Report on vaccination in Madras 1895-1903 - 1895-1903
Year: 1895
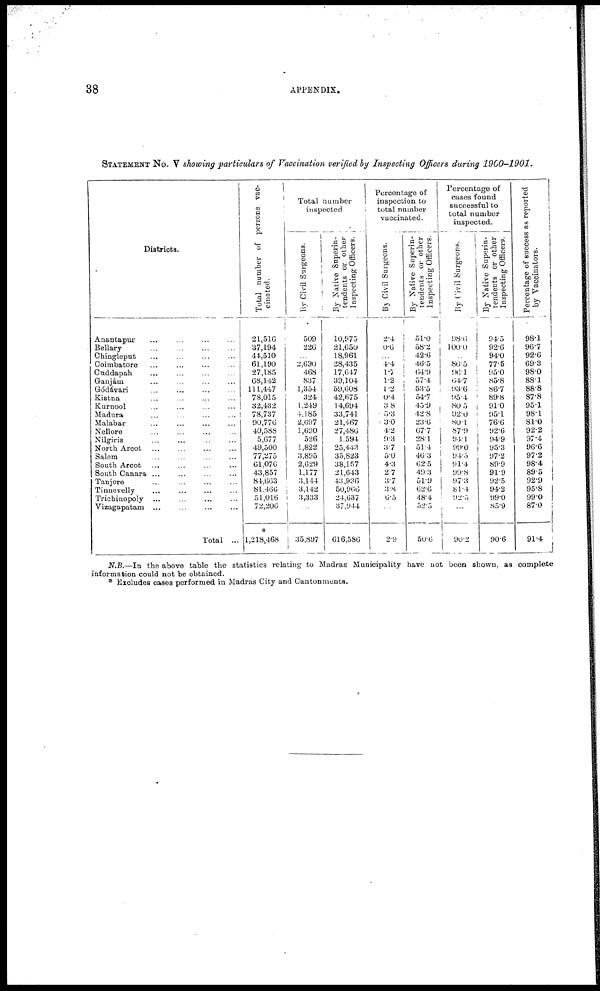
38
APPENDIX.
STATEMENT No. V showing particulars of Vaccination verified by Inspecting Officers during 1900-1901.
Districts.
Anantapur ... ... ... ...
Bellary ... ... ... ...
Chingleput ... ... ... ...
Coimbatore ... ... ... ...
Cuddapah
...
...
...
...
Ganjám ... ... ... ...
Gódávari ... ... ... ...
Kistna ... ... ... ...
Kurnool ... ... ... ...
Madura
...
...
...
...
Malabar
...
...
...
...
Nellore ... ... ... ...
Nilgiris ... ... ... ...
North Arcot ... ... ... ...
Salem ... ... ... ...
South Arcot ... ... ... ...
South Canara ... ... ... ...
Tanjore ... ... ... ...
Tinnevelly ... ... ... ...
Trichinopoly ... ... ... ...
Vizagapatam ... ... ... ...
Total ...
Total number of persons vac-
cinated.
21,516
37,194
44,510
61,190
27,185
68,142
111,447
78,015
32,432
78,737
90,776
40,588
5,677
49,500
77,275
61,076
43,857
84,663
81,466
51,016
72,206
*
1,218,468
Total number
inspected
By Civil Surgeons.
509
226
...
2,690
468
837
1,354
324
1,249
4,185
2,697
1,690
526
1,822
3,895
2,629
1,177
3,144
3,142
3,333
...
35,897
By Native Superin-
tendents or other
Inspecting Officers.
10,975
21,650
18,961
28,435
17,647
39,104
59,608
42,675
14,694
33,741
21,467
27,486
1,594
25,443
35,823
38,157
21,643
43,936
50,966
24,637
37,944
616,586
Percentage of
inspection to
total number
vaccinated.
By Civil Surgeons.
2.4
0.6
...
4.4
1.7
1.2
1.2
0.4
3.8
5.3
3.0
4.2
9.3
3.7
5.0
4.3
2.7
3.7
3.8
6.5
...
2.9
By Native Superin-
tendents or other
Inspecting Officers.
51.0
58.2
42.6
46.5
64.9
57.4
53.5
54.7
45.9
42.8
23.6
67.7
28.1
51.4
46.3
62.5
49.3
51.9
62.6
48.4
52.5
50.6
Percentage of
cases found
successful to
total number
inspected.
By Civil Surgeons.
98.6
100.0
...
86.5
96.1
64.7
93.6
95.4
80.5
92.0
80.1
87.9
94.1
99.0
94.5
91.4
99.8
97.3
81.4
92.5
...
90.2
By Native Superin-
tendents or other
Inspecting Officers.
94.5
92.6
94.0
77.5
95.0
85.8
86.7
89.8
91.0
95.1
76.6
92.6
94.9
95.3
97.2
89.9
91.9
92.5
94.2
99.0
85.9
90.6
Percentage of success as reported
by Vaccinators.
98.1
96.7
92.6
69.3
98.0
88.1
88.8
87.8
95.1
98.1
81.0
92.2
97.4
96.6
97.2
98.4
89.5
92.9
95.8
99.0
87.0
91.4
N.B.—In the above table the statistics relating to Madras Municipality have not been shown, as complete
information could not be obtained.
* Excludes cases performed in Madras City and Cantonments.